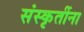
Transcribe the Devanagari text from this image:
संस्कृतींना